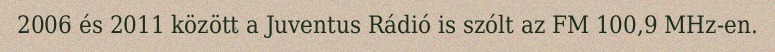
2006 és 2011 között a Juventus Rádió is szólt az FM 100,9 MHz-en.